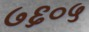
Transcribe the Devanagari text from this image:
७६०५